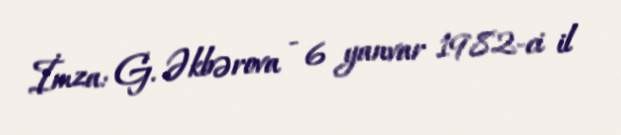
İmza: G. Əkbərova - 6 yanvar 1982-ci il